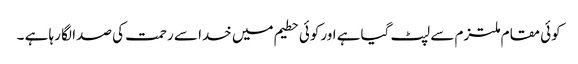
کوئی مقام ملتزم سے لپٹ گیاہے اورکوئی حطیم میں خدا سے رحمت کی صدا لگا رہا ہے ۔